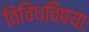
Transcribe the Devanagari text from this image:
विविधविषयाः